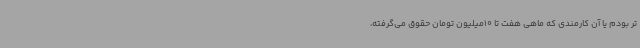
تر بودم یا آن کارمندی که ماهی هفت تا 10میلیون تومان حقوق می‌گرفته،